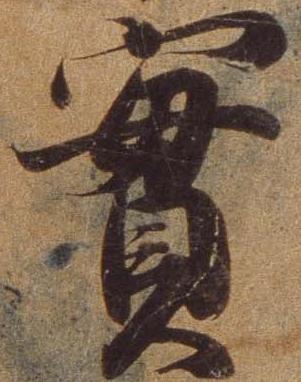
実